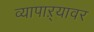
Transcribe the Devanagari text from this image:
व्यापाऱ्यावर